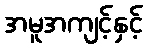
အမူအကျင့်နှင့်